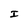
Character: I